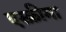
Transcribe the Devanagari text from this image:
एस्क्रीमा